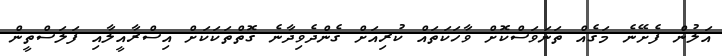
އަލުން ފެށޭނެ މަގެއް ތަނަވަސްކޮށް ވާހަކަތައް ކުރިއަށް ގެންދެވިދާނެ ގޮތްތަކަކަށް އިސްރާއީލާއި ފަލަސްތީން